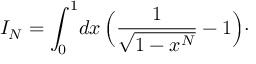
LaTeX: I _ { N } = \int _ { 0 } ^ { 1 } \! d x \, \Bigl ( { \frac { 1 } { \sqrt { 1 - x ^ { N } } } } - 1 \Bigr ) \cdotp